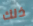
ذلك